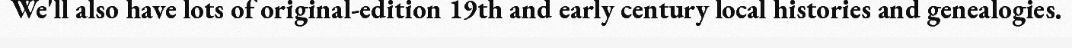
We'll also have lots of original-edition 19th and early century local histories and genealogies.